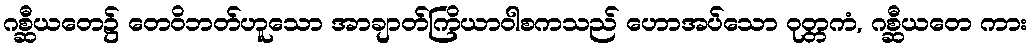
ဂစ္ဆီယတေ၌ တေဝိဘတ်ဟူသော အာချာတ်ကြိယာဝါစကသည် ဟောအပ်သော ဝုတ္တကံ, ဂစ္ဆီယတေ ကား